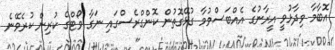
އޮބާމާ ވިދާޅުވީ އީރާނުގެ އެއްބަސްވުމާ ގުޅޭގޮތުން ކޮންގްރެސްގައި ނަގާ ވޯޓްގެ ކުރިން ކުރެވޭނެ